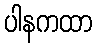
ပါနကထာ